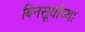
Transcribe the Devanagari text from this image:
बिनसूर्याच्या